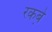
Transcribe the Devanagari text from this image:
रकबे़